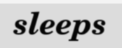
sleeps